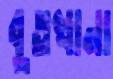
বুতখানা